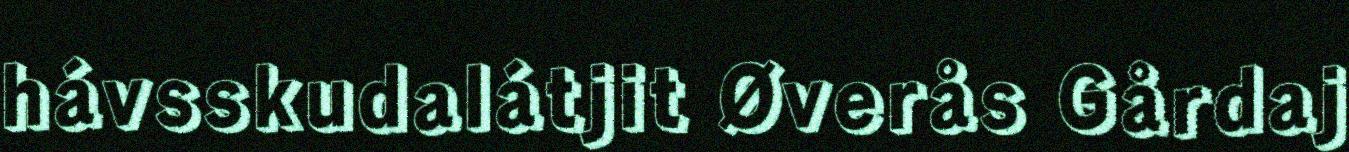
hávsskudalátjit Øverås Gårdaj